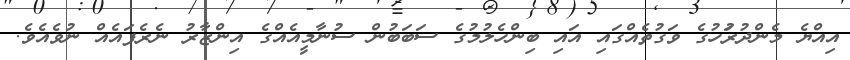
އިއްޔެ މެންދުރުަހުގެ ވަގުތެއްގައި އައި ބިންހެލުމުގެ ސަބަބުން ސުނާމީއެއްގެ އިންޒާރު ނެރެފައެއް ނުވެއެވެ.